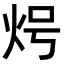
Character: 𭴒